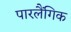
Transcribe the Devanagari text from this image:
पारलैंगिक